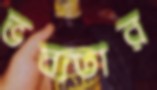
ভব্যতার